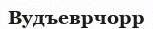
Вудъеврчорр